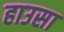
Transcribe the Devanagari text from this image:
हाउसा